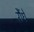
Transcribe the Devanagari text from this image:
रौंधे